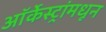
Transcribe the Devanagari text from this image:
ऑर्केस्ट्रांमधून